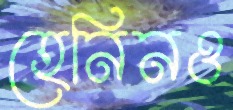
হেনিনও